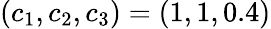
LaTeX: (c_{1},c_{2},c_{3})=\left(1,1,0.4\right)